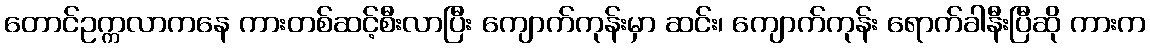
တောင်ဥက္ကလာကနေ ကားတစ်ဆင့်စီးလာပြီး ကျောက်ကုန်းမှာ ဆင်း၊ ကျောက်ကုန်း ရောက်ခါနီးပြီဆို ကားက